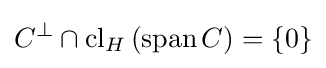
C^{\bot }\cap \operatorname {cl} _{H}\left(\operatorname {span} C\right)=\{0\}